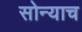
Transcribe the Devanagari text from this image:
सोन्याच